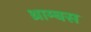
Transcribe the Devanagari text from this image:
थ्राम्बस